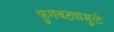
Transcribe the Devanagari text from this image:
फुगवट्यामुळे